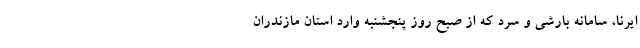
ایرنا، سامانه بارشی و سرد که از صبح روز پنجشنبه وارد استان مازندران